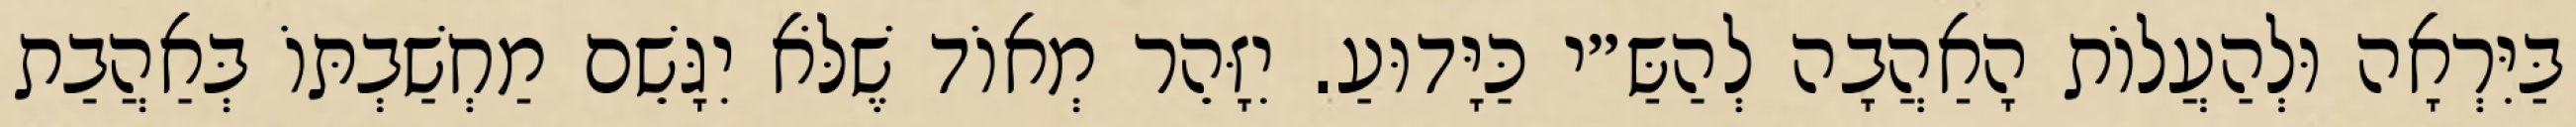
בַּיִּרְאָה וּלְהַעֲלוֹת הָאַהֲבָה לְהַשַּ״י כַּיָּדוּעַ. יִזָּהֵר מְאוֹד שֶׁלֹּא יִגָּשֵׁם מַחְשַׁבְתּוֹ בְּאַהֲבַת